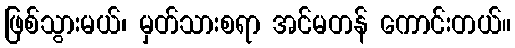
ဖြစ်သွားမယ်၊ မှတ်သားစရာ အင်မတန် ကောင်းတယ်။